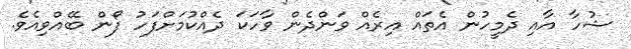
ޝުހާ އާއި ދެމީހުން އެތައް އިރެއް ވަންދެން ވާހަކަ ދެއްކުމަށްފަހު ފޯން ބޭއްވިއެވެ.